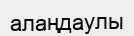
алаңдаулы